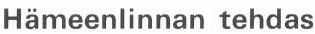
Hämeenlinnan tehdas